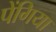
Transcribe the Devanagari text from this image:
पेंगिया